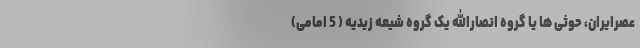
عصرایران، حوثی ها یا گروه انصارالله یک گروه شیعه زیدیه ( 5 امامی)